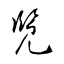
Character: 覧